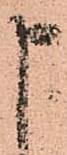
申